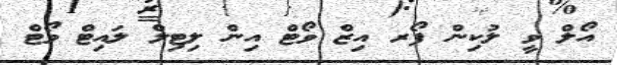
އޯލް ވީ ލުކިން ފޯރ އިޒް ވޯޓް އިން ލިޓިލް ލައިޓް ވޯޓް